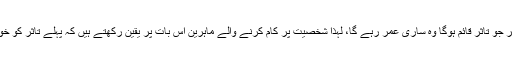
تو اس پہلے موقعہ پر جو تاثر قائم ہوگا وہ ساری عمر رہے گا، لہٰذا شخصیت پر کام کرنے والے ماہرین اس بات پر یقین رکھتے ہیں کہ پہلے تاثر کو خوشگوار ہونا چاہیئے۔